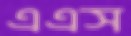
এএস